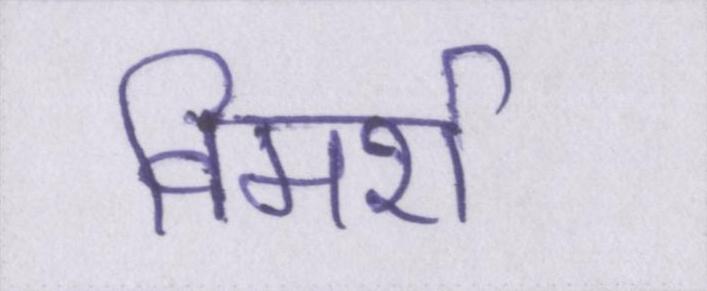
विमर्श